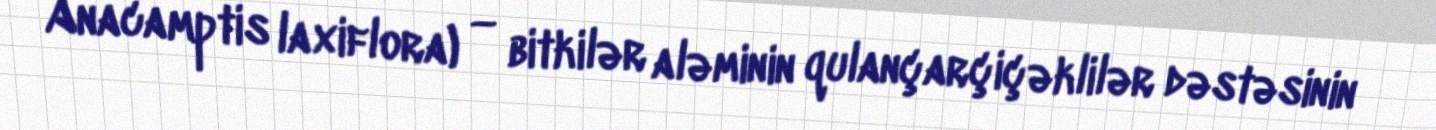
Anacamptis laxiflora) — bitkilər aləminin qulançarçiçəklilər dəstəsinin